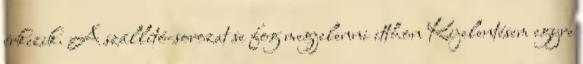
érkezik. A szállító-sorozat se fog megjelenni itthon Kijelentésem egyre